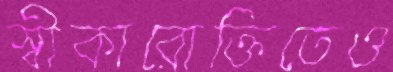
স্বীকারোক্তিতেও